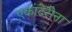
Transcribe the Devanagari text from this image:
एकाटेरीना